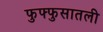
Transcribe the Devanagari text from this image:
फुफ्फुसातली